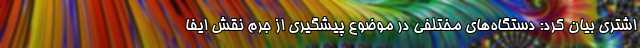
اشتری بیان کرد: دستگاه‌های مختلفی در موضوع پیشگیری از جرم نقش ایفا